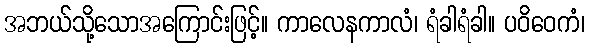
အဘယ်သို့သောအကြောင်းဖြင့်။ ကာလေနကာလံ၊ ရံခါရံခါ။ ပဝိဝေကံ၊